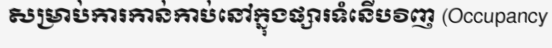
សម្រាប់ការកាន់កាប់នៅក្នុងផ្សារទំនើបវិញ (Occupancy